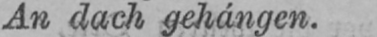
An dach gehángen.